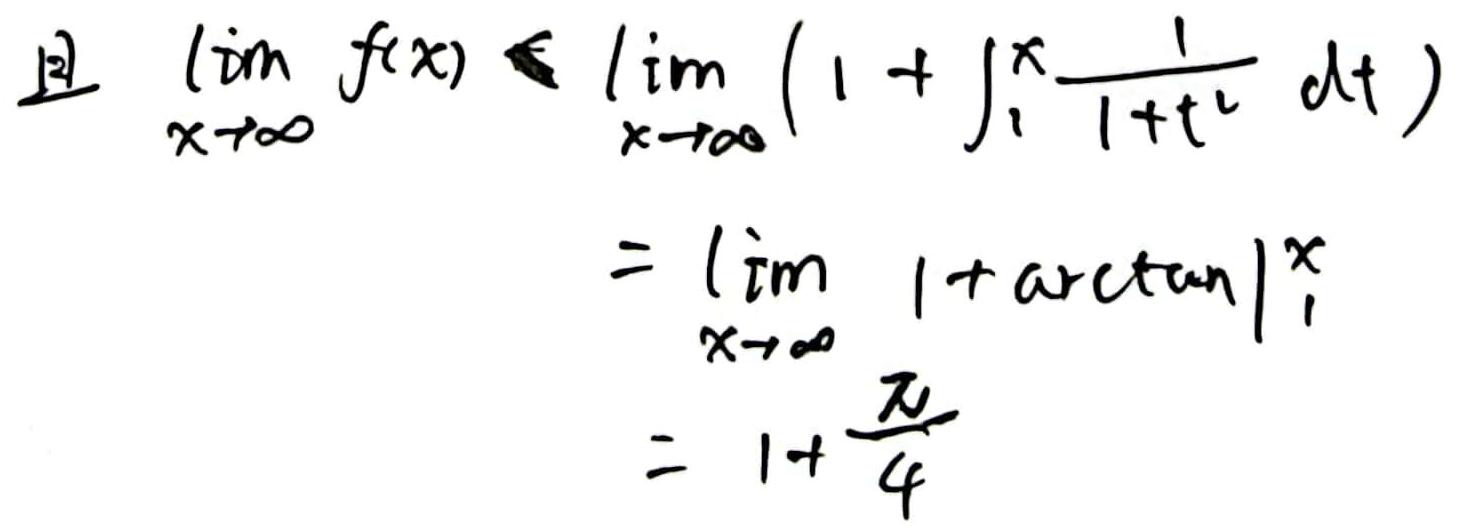
且 $\lim_{x \to \infty} f(x) \leq \lim_{x \to \infty} \left(1 + \int_{1}^{x} \frac{1}{1 + t^{2}} dt\right)$
$= \lim_{x \to \infty} \left(1 + \arctan t\right)\big|_{1}^{x}$
$= 1 + \frac{\pi}{4}$